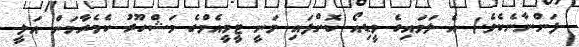
ފަންނާނެކެވެ.) އެ ލަވައިގެ ވީޑިއޯ ކޮށްފައި ވަނީ ޓީވީއެމްގެ މަޝްހޫރު ކެމެރާމަން އަލީ